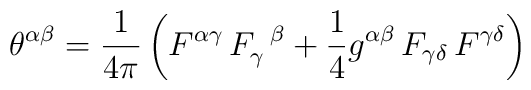
\theta^{\alpha\beta} = {1\over 4\pi} \left(F^{\alpha\gamma}\, F_{\gamma}^{\,\ \beta} + {1\over 4} g^{\alpha\beta}\,F_{\gamma\delta}\,F^{\gamma\delta} \right)